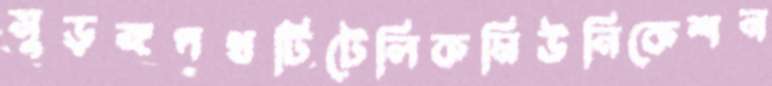
সুড়ঙ্গপথটিটেলিকমিউনিকেশন